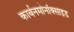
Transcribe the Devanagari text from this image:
कार्बनमोनॉक्साइड